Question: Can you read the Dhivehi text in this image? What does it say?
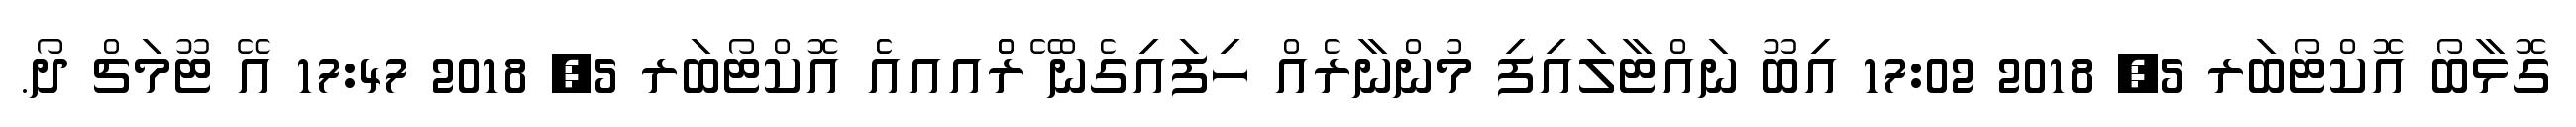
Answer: ގޮޅާބޯ އޮކްޓޯބަރ 5, 2018 17:02 އިބޫ ނައްޓާލައިފި މުންނާރެއް ހިފައިގެން ޭރެެްއއއެެ އޮކްޓޯބަރ 5, 2018 17:47 އޭ ޓޫމަޗް ދޯ.